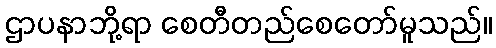
ဌာပနာဘို့ရာ စေတီတည်စေတော်မူသည်။